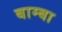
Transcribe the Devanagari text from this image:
बाम्बा